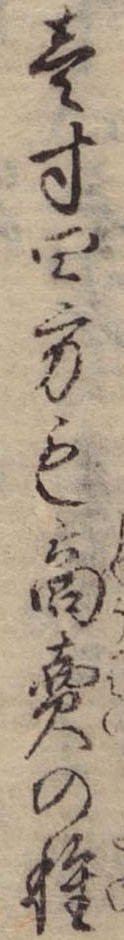
壱寸四方も商売の種